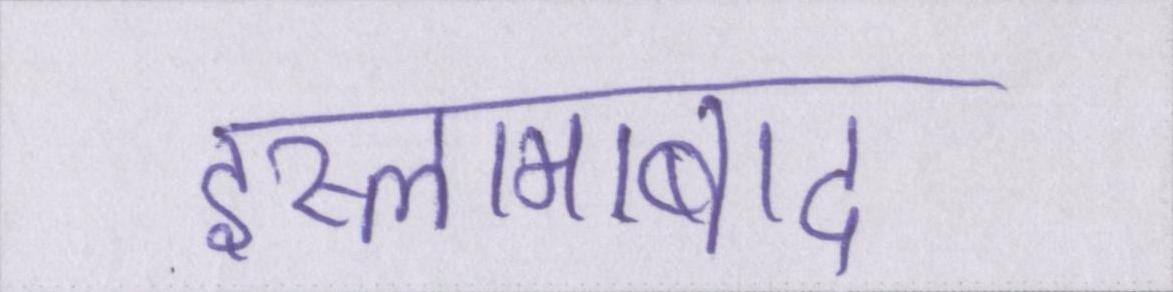
इस्लामाबाद